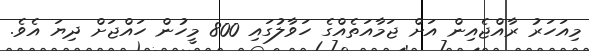
މިއަހަރު ރާއްޖެއިން އަށް ޖަމާއަތެއްގެ ހަވާލުގައި 800 މީހުން ހައްޖަށް ދިޔަ އެވެ.